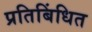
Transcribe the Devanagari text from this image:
प्रतिबिंधित